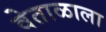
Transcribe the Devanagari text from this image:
वेताळाला